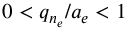
0 < q _ { n _ { e } } / a _ { e } < 1